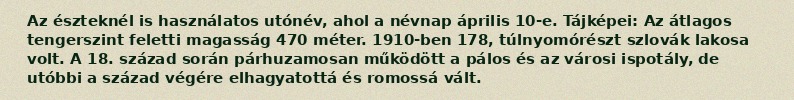
Az észteknél is használatos utónév, ahol a névnap április 10-e. Tájképei: Az átlagos tengerszint feletti magasság 470 méter. 1910-ben 178, túlnyomórészt szlovák lakosa volt. A 18. század során párhuzamosan működött a pálos és az városi ispotály, de utóbbi a század végére elhagyatottá és romossá vált.